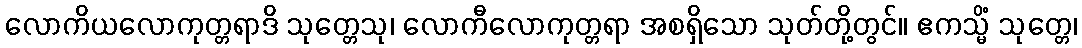
လောကိယလောကုတ္တရာဒိ သုတ္တေသု၊ လောကီလောကုတ္တရာ အစရှိသော သုတ်တို့တွင်။ ဧကသ္မိံ သုတ္တေ၊